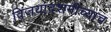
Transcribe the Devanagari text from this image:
विजयादशमीच्याच